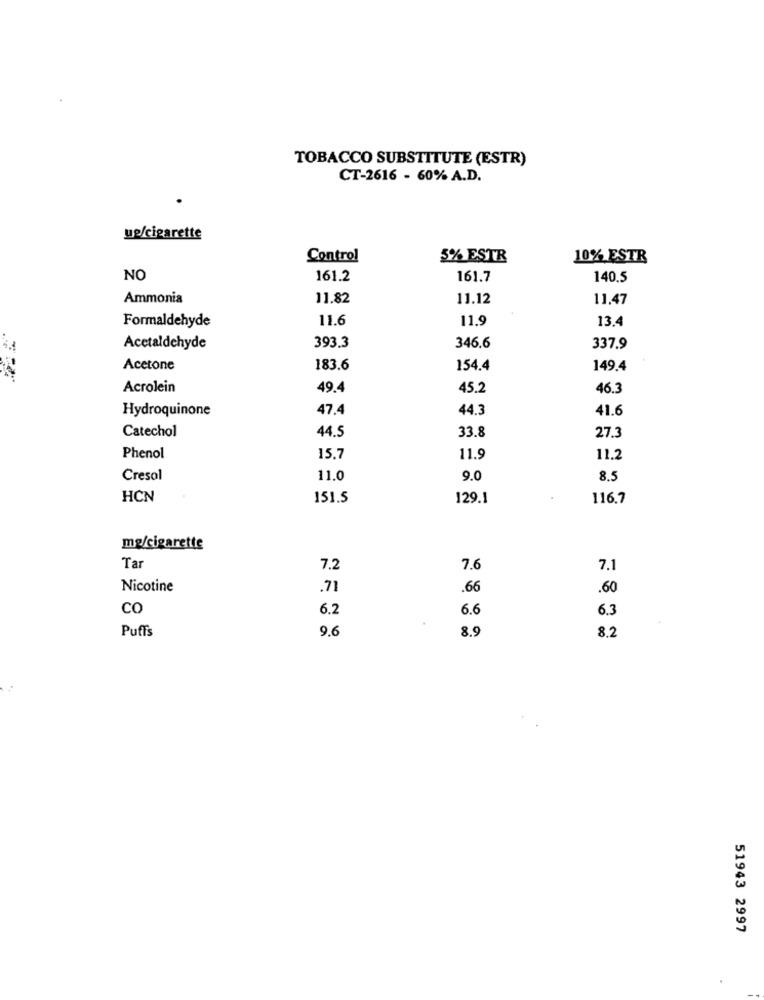
TOBACCO SUBSTITUTE (ESTR)
CT-2616 - 60% A.D.
ue/cigarette
Control
5% ESTR
10% ESTR
NO
161.2
161.7
140.5
Ammonia
11.82
11.12
11.47
Formaldehyde
11.6
11.9
13.4
Acetaldehyde
393.3
346.6
337.9
Acetone
183.6
154.4
149.4
Acrolein
49.4
45.2
46.3
Hydroquinone
47.4
44.3
41.6
Catechol
44.5
33.8
27.3
Phenol
15.7
11.9
11.2
Cresol
11.0
9.0
8.5
HCN
151.5
129.1
116.7
mg/cigarette
Tar
7.2
7.6
7.1
Nicotine
.71
.66
.60
co
6.2
6.6
6.3
Puffs
9.6
8.9
8,2
51943 2997